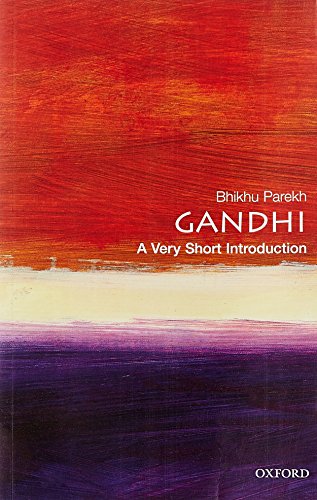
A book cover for Gandhi: A Very Short Introduction (Very Short Introductions); Bhikhu Parekh; Religion & Spirituality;